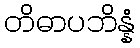
တိဓာပဘိန္နံ